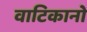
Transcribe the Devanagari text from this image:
वाटिकानो